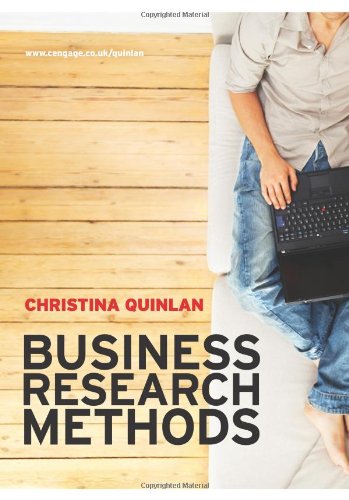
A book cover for Business Research Methods; Christina Quinlan; Business & Money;